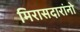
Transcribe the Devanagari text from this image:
मिरासदारांनो